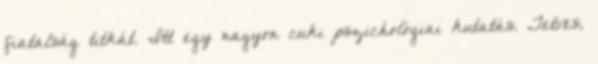
fiatalság titkát. Itt egy nagyon cuki pszichológiai kutatás. Tetves,